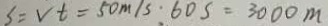
S = V t = 5 0 m / s : 6 0 S = 3 0 0 0 m